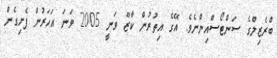
ބްރެޒިލްގެ ސަންޓޯސްއިންނެވެ. އޭގެ އިތުރުން ކާޒޫ ވަނީ 2005 ވަނަ އަހަރުން ފެށިގެން